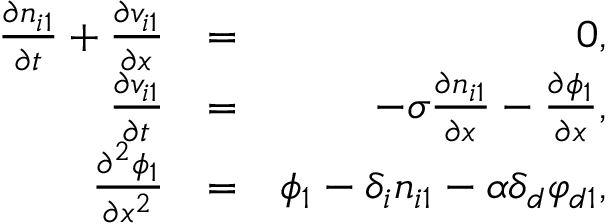
\begin{array} { r l r } { \frac { \partial n _ { i 1 } } { \partial t } + \frac { \partial v _ { i 1 } } { \partial x } } & { = } & { 0 , } \\ { \frac { \partial v _ { i 1 } } { \partial t } } & { = } & { - \sigma \frac { \partial n _ { i 1 } } { \partial x } - \frac { \partial \phi _ { 1 } } { \partial x } , } \\ { \frac { \partial ^ { 2 } \phi _ { 1 } } { \partial x ^ { 2 } } } & { = } & { \phi _ { 1 } - \delta _ { i } n _ { i 1 } - \alpha \delta _ { d } \varphi _ { d 1 } , } \end{array}